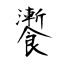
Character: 𩟗